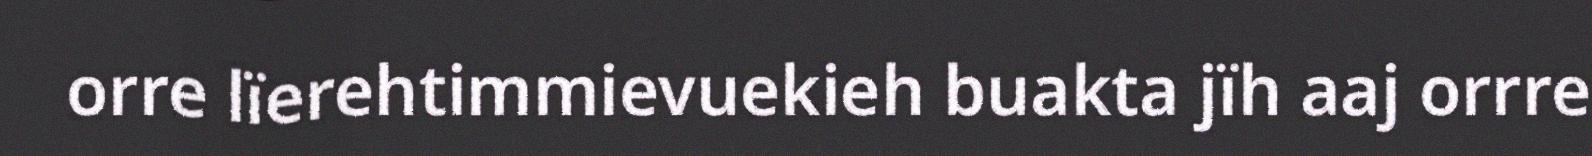
orre lïerehtimmievuekieh buakta jïh aaj orrre